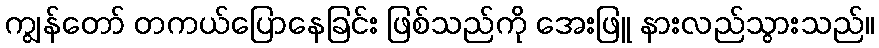
ကျွန်တော် တကယ်ပြောနေခြင်း ဖြစ်သည်ကို အေးဖြူ နားလည်သွားသည်။